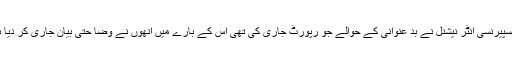
ٹرانسپیرنسی انٹر نیشنل نے بد عنوانی کے حوالے جو رپورٹ جاری کی تھی اس کے بارے میں انھوں نے وضا حتی بیان جاری کر دیا ہے۔